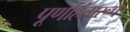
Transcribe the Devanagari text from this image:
पूर्णाहंतारूप